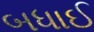
બધાઈ